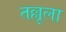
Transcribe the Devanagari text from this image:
तल्लूला